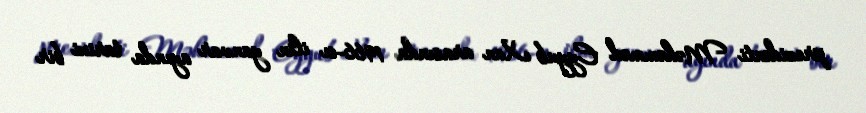
prezidenti Məhəmməd Eyyub Xan arasında 1966-cı ilin yanvar ayında tarixi bir